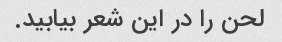
لحن را در این شعر بیابید.